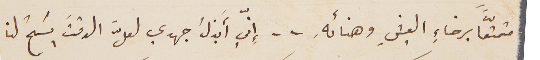
متمتّعاً برخاءِ العيشِ وهنائهِ .. إنّي أَبذلُ جهدي لعلَّ الوقتَ يَسنحُ لنا